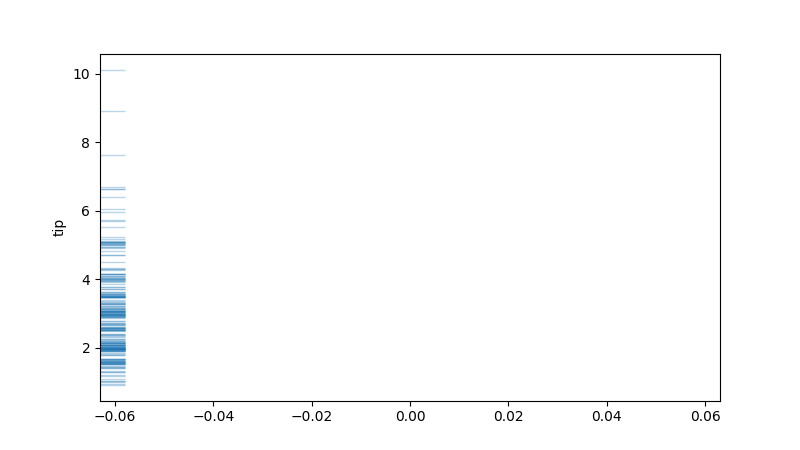
python, seaborn, rugplot, height=0.04, axis='y', alpha=0.3